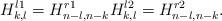
LaTeX: \begin{align*}H^{l1}_{k,l}=H^{r1}_{n-l,n-k} H^{l2}_{k,l}=H^{r2}_{n-l,n-k}.\end{align*}